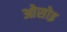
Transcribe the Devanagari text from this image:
ओसोइ